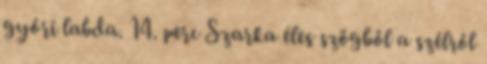
győri labda. 14. perc Szarka éles szögből a szélről